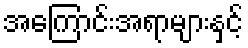
အကြောင်းအရာများနှင့်